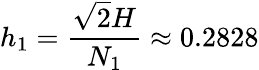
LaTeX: h_{1}=\frac{\sqrt{2}H}{N_{1}}\approx 0.2828